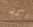
اكد